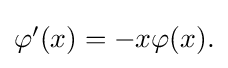
{\textstyle \varphi '(x)=-x\varphi (x).}